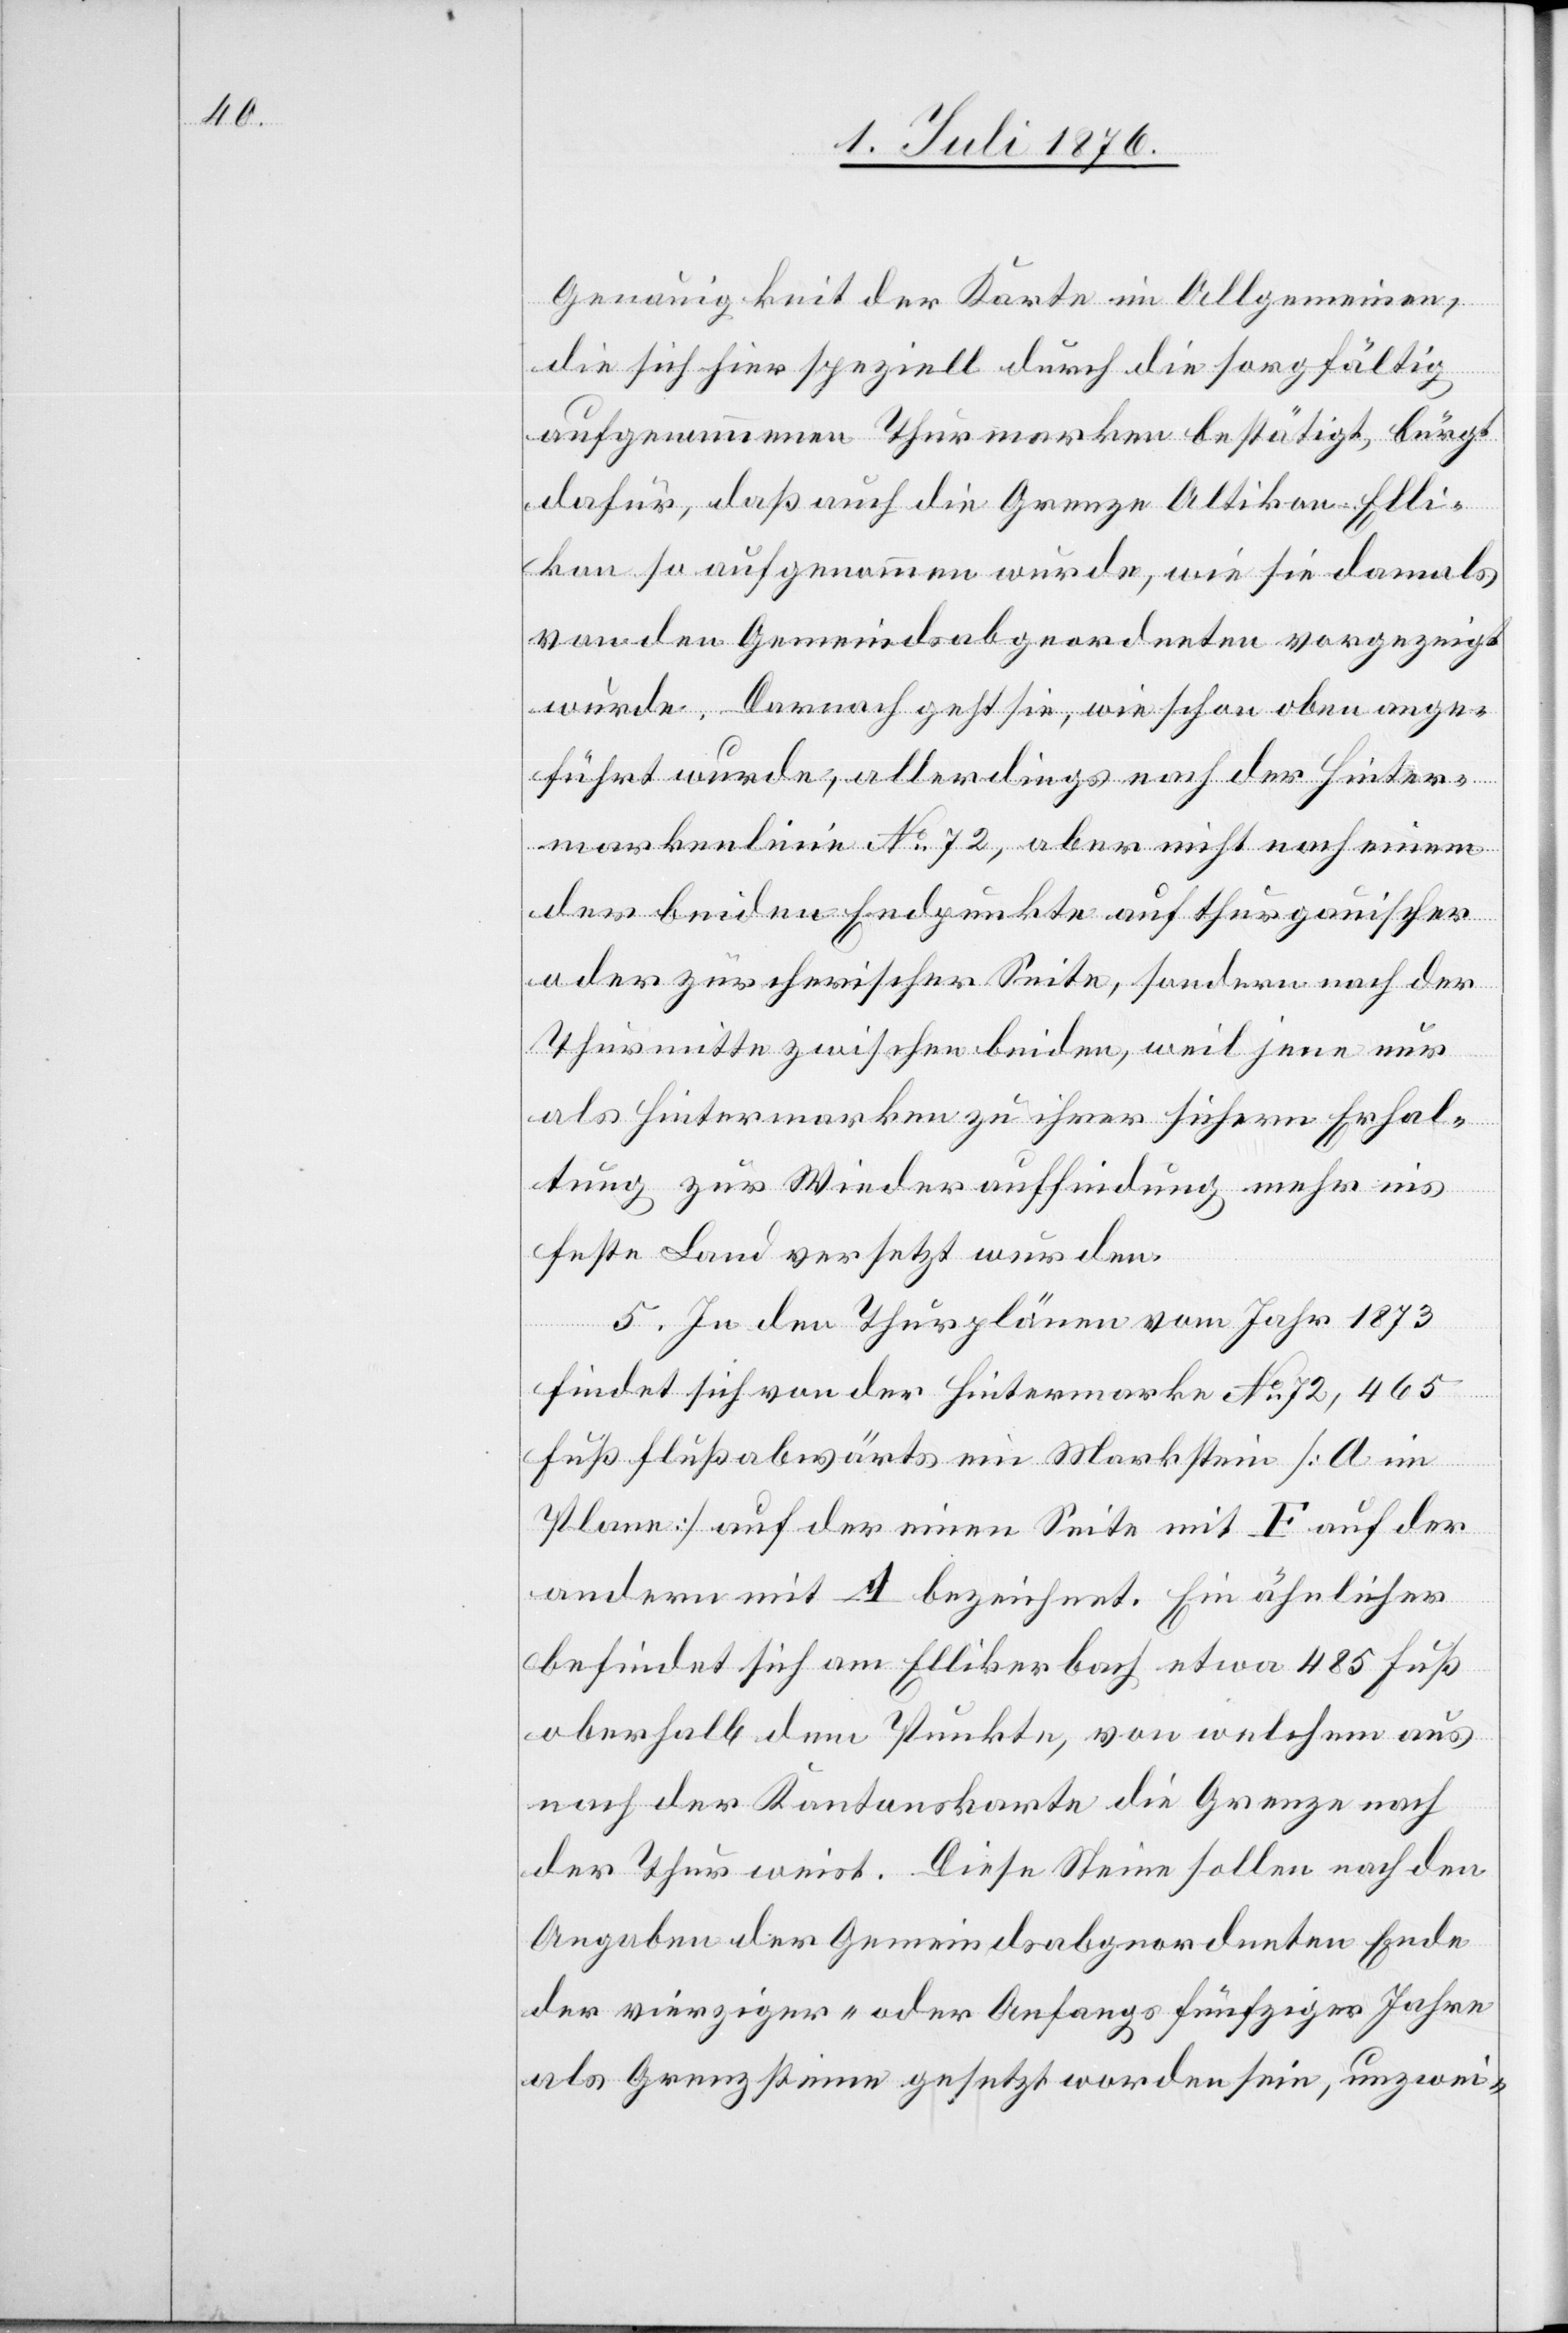
Genauigkeit der Karte im Allgemeinen,
die sich hier speziell durch die sorgfältig
aufgenommenen Thurmarken bestätigt, bürgt
dafür, daß auch die Grenze Altikon-Elli¬
kon so aufgenommen wurde, wie sie damals
von den Gemeindsabgeordneten vorgezeigt
wurde. Darnach geht sie, wie schon oben ange¬
führt wurde, allerdings nach der Hinter¬
markenlinie No 72, aber nicht nach einem
der beiden Endpunkte auf thurgauischer
oder zürcherischer Seite, sondern nach der
Thurmitte zwischen beiden, weil jene nur
als Hintermarken zu ihrer sichern Erhal¬
tung zur Wiederauffindung mehr ins
feste Land versetzt wurden.
5. In den Thurplänen vom Jahr 1873
findet sich von der Hintermarke No 72, 465
Fuß flußabwärts ein Markstein [A im
Plane] auf der einen Seite mit F auf der
andern mit A bezeichnet. Ein ähnlicher
befindet sich am Ellikerbach etwa 485 Fuß
oberhalb dem Punkte, von welchem aus
nach der Kantonsarte die Grenze nach
der Thur weist. Diese Steine sollen nach den
Angaben der Gemeindsabgeordneten Ende
der vierziger- oder Anfangs fünfziger Jahre
als Grenzsteine gesetzt worden sein, unzwei-